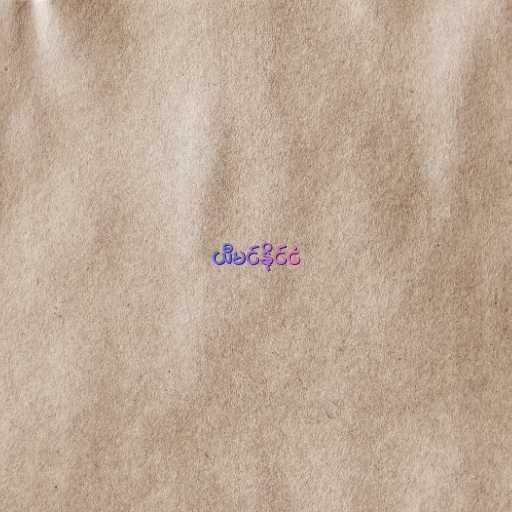
ယီမင်နိုင်ငံ